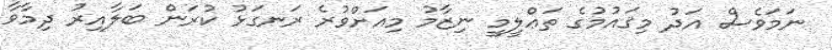
ނަމަވެސް އަދު މިޤައުމުގެ ތަޢްލީމީ ނިޒާމު މިއަށްވުރެ ރަނގަޅު ކުރަން ބަލާއިރު ދިމާވާ